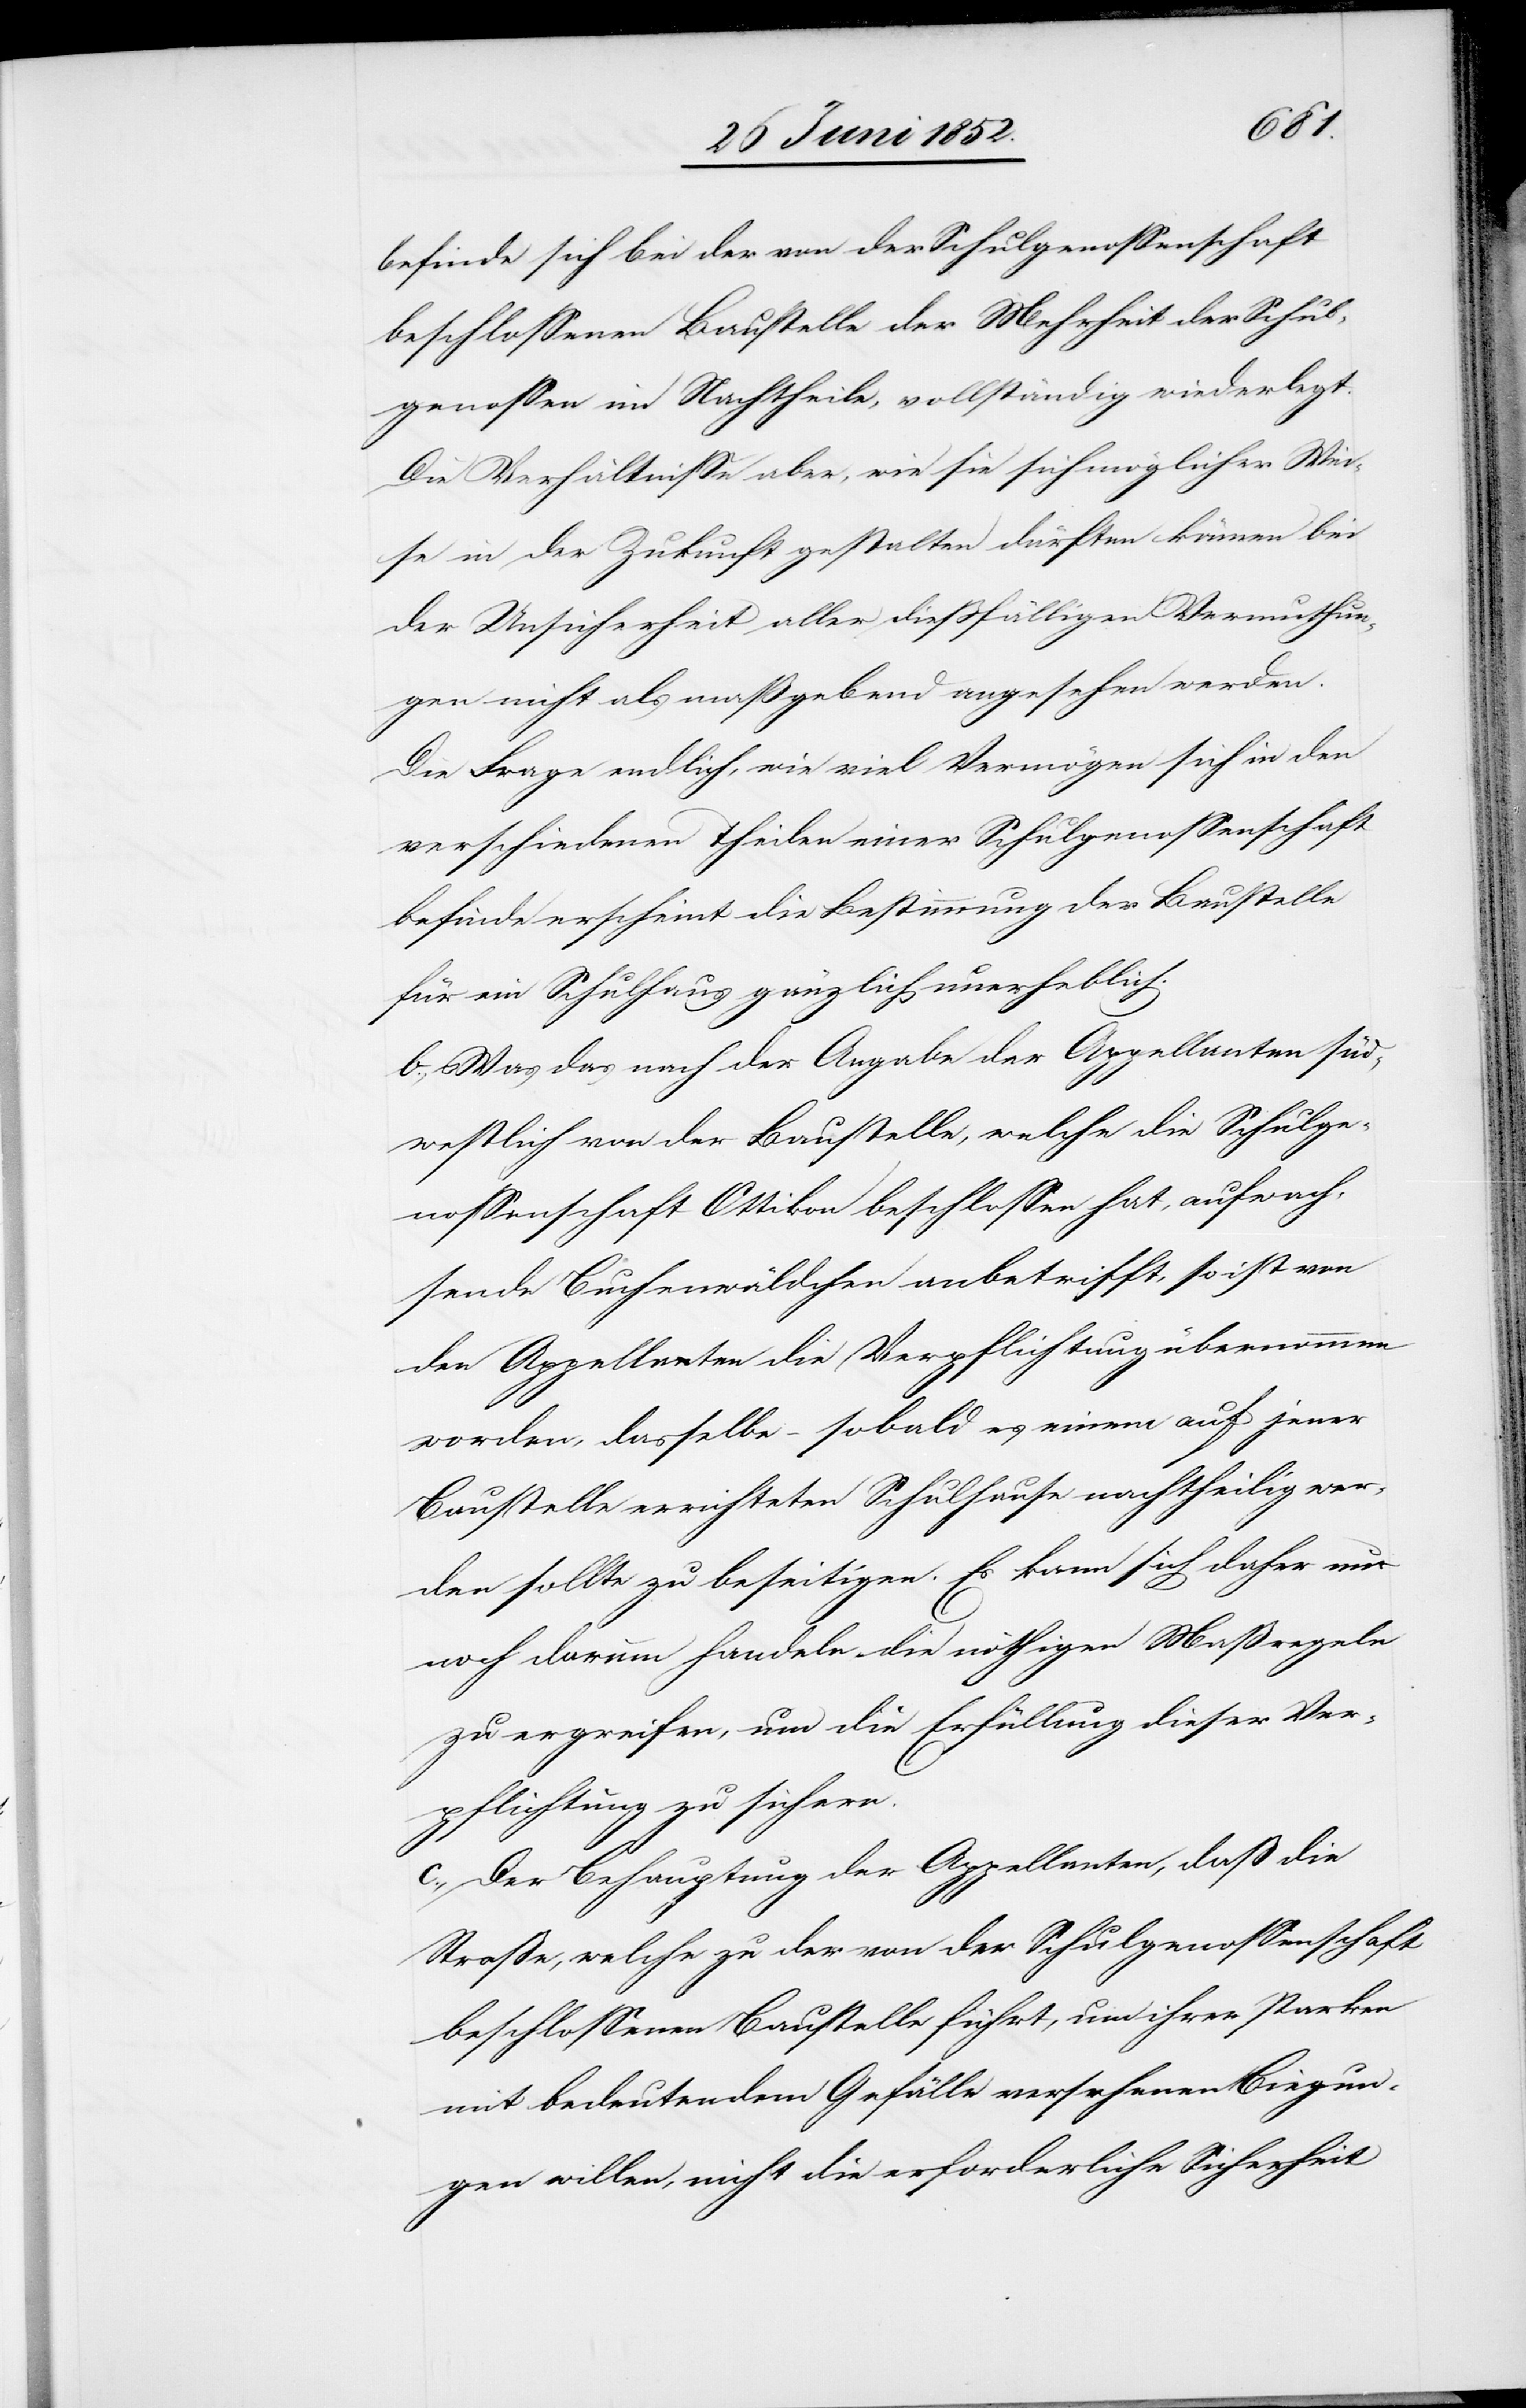
befinde sich bei der von der Schulgenossenschaft
beschlossenen Baustelle der [sic!] Mehrheit der Schul¬
genossen im Nachtheile, vollständig wiederlegt.
Die Verhältnisse aber, wie sie sich möglicher Wei¬
se in der Zukunft gestalten dürften können bei
der Unsicherheit aller diessfälligen Vermuthun¬
gen nicht als maßgebend angesehen werden.
Die Frage endlich, wie viel Vermögen sich in den
verschiedenen Theilen einer Schulgenossenschaft
befinde erscheint [für] die Bestimmung der Baustelle
für ein Schulhaus gänzlich unerheblich.
b., Was das nach der Angabe der Appellanten süd¬
westlich von der Baustelle, welche die Schulge¬
nossenschaft Ottikon beschlossen hat, aufwach¬
sende Buchenwäldchen anbetrifft, so ist von
den Appellanten die Verpflichtung übernommen
worden, dasselbe – sobald es einem auf jener
Baustelle errichteten Schulhause nachtheilig wer¬
den sollte zu beseitigen. Es kann sich daher nur
noch darum handeln die nöthigen Maßregeln
zu ergreifen, um die Erfüllung dieser Ver¬
pflichtung zu sichern.
c., Der Behauptung der Appellanten, dass die
Strasse, welche zu der von der Schulgenossenschaft
beschlossenen Baustelle führt, um ihrer starken
mit bedeutendem Gefälle versehenen Biegun¬
gen willen, nicht die erforderliche Sicherheit